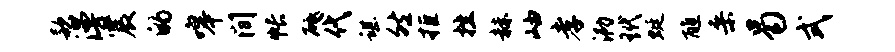
款漫震的嗥间帐砥代谌然拒挫赫岫孝泐玳蜓醮桑曷式